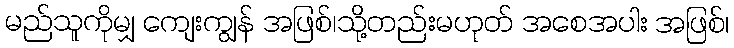
မည်သူကိုမျှ ကျေးကျွန် အဖြစ်၊သို့တည်းမဟုတ် အစေအပါး အဖြစ်၊